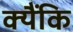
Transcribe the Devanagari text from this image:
क्यैंकि